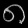
Digit: ၈